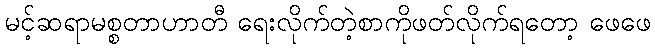
မင့်ဆရာမစ္စတာဟာတီ ရေးလိုက်တဲ့စာကိုဖတ်လိုက်ရတော့ ဖေဖေ